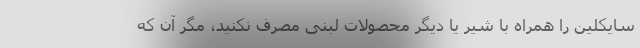
سایکلین را همراه با شیر یا دیگر محصولات لبنی مصرف نکنید، مگر آن که